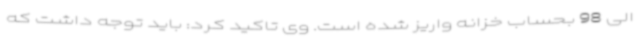
الی 98 بحساب خزانه واریز شده است. وی تاکید کرد: باید توجه داشت که